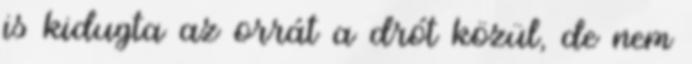
is kidugta az orrát a drót közül, de nem